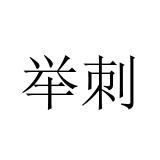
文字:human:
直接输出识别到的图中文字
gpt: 举刺